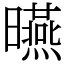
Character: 曣